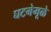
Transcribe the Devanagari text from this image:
घटनेमूळे